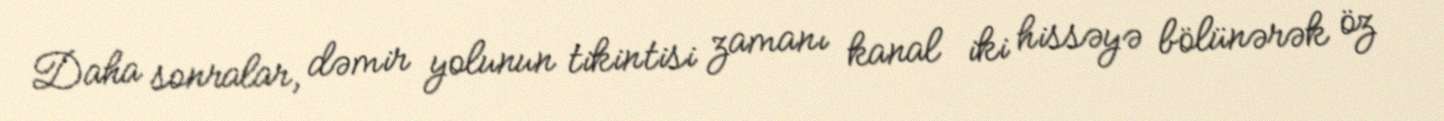
Daha sonralar, dəmir yolunun tikintisi zamanı kanal iki hissəyə bölünərək öz